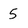
Character: 5